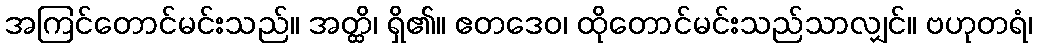
အကြင်တောင်မင်းသည်။ အတ္ထိ၊ ရှိ၏။ ဧတဒေဝ၊ ထိုတောင်မင်းသည်သာလျှင်။ ဗဟုတရံ၊